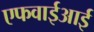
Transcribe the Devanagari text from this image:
एफवाईआई